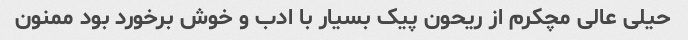
حیلی عالی مچکرم از ریحون پیک بسیار با ادب و خوش برخورد بود ممنون